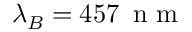
\lambda _ { B } = 4 5 7 \, \mathrm { ~ n ~ m ~ }